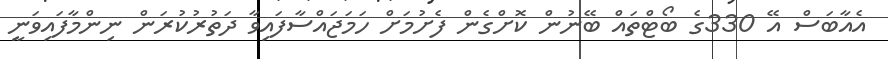
އެއާބަސް އޭ 330ގެ ބޯޓްތައް ބޭނުން ކޮށްގެން ފެށުމަށް ހަމަޖައްސާފައިވާ ދަތުރުކުރަން ނިންމާފައިވަނީ